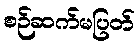
စဉ်ဆက်မပြတ်